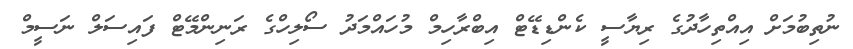
ނުތިބުމަށް އިއްތިހާދުގެ ރިޔާސީ ކެންޑިޑޭޓް އިބްރާހިމް މުހައްމަދު ސޯލިހްގެ ރަނިންމޭޓް ފައިސަލް ނަސީމް